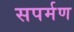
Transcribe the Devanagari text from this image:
सपर्मण